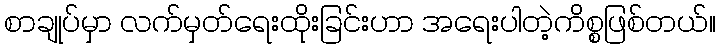
စာချုပ်မှာ လက်မှတ်ရေးထိုးခြင်းဟာ အရေးပါတဲ့ကိစ္စဖြစ်တယ်။